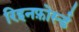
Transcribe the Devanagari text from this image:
रिइनफ़ोर्स्ड